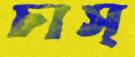
চাস্